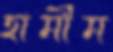
হামীম